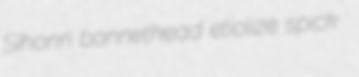
Sihonn bonnethead etiolize spick